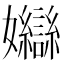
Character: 𡤣